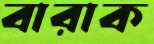
বারাক